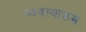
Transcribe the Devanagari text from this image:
व्यवस्थाक्रम